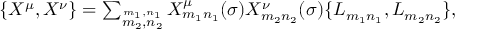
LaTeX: \begin{array} { l c r } { { \{ X ^ { \mu } , X ^ { \nu } \} = \sum _ { \stackrel { m _ { 1 } , n _ { 1 } } { m _ { 2 } , n _ { 2 } } } X _ { m _ { 1 } n _ { 1 } } ^ { \mu } ( \sigma ) X _ { m _ { 2 } n _ { 2 } } ^ { \nu } ( \sigma ) \{ L _ { m _ { 1 } n _ { 1 } } , L _ { m _ { 2 } n _ { 2 } } \} , } } \end{array}